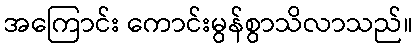
အကြောင်း ကောင်းမွန်စွာသိလာသည်။